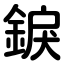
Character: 錑